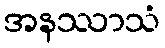
အနဿာသံ